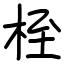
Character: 桎